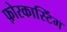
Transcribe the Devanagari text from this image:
फ़ोरकास्टिंग